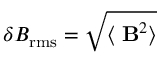
\delta B _ { \mathrm { r m s } } = \sqrt { \langle { \bf \delta B } ^ { 2 } \rangle }